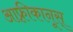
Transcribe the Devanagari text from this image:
आफ़्रीकानूस्